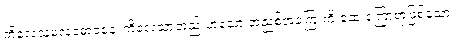
ကိလေသမလဓောဝနေ၊ ကိလေသာတည်းဟူသော အညစ်အကြေးကို ဆေးကြောရာဖြစ်သော။